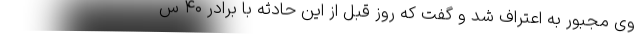
وی مجبور به اعتراف شد و گفت که روز قبل از این حادثه با برادر ۴۰ س